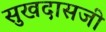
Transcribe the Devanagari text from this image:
सुखदासजी